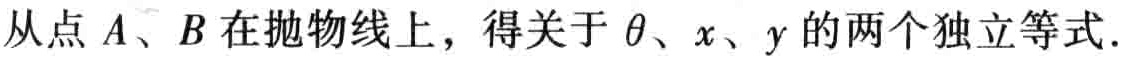
从点\(A、B\)在抛物线上，得关于\(\theta、x、y\)的两个独立等式.